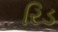
રિડ